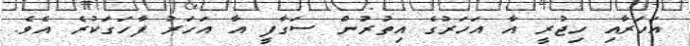
އަހަރާއި ހިޖުރީ އާ އަހަރުގެ އިތުރުން ސަގާފީ އާ އަހަރު ފާހަގަކުރެ އެވެ.